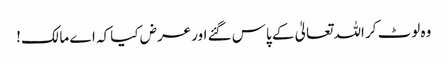
وہ لوٹ کر اللہ تعالیٰ کے پاس گئے اور عرض کیا کہ اے مالک!